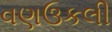
વણઉકલી